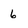
Character: 6